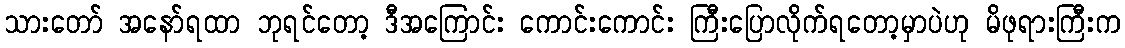
သားတော် အနော်ရထာ ဘုရင်တော့ ဒီအကြောင်း ကောင်းကောင်း ကြီးပြောလိုက်ရတော့မှာပဲဟု မိဖုရားကြီးက